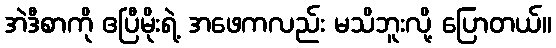
အဲဒီစာကို ဧပြီမိုးရဲ့ အဖေကလည်း မသိဘူးလို့ ပြောတယ်။